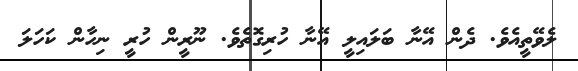
ލެވޭތީއެވެ. ދެން އޭނާ ބަލައިލީ އޭނާ ހުރިގޮތެވެ. ނޫރީން ހުރީ ނިހާން ކަހަލަ